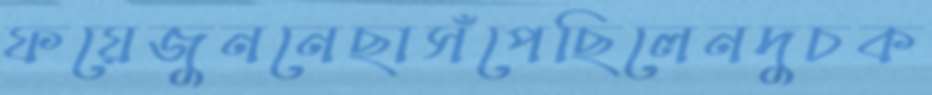
ফয়েজুননেছাসঁপেছিলেনদুচক